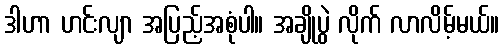
ဒါဟာ ဟင်းလျာ အပြည့်အစုံပါ။ အချိုပွဲ လိုက် လာလိမ့်မယ်။